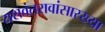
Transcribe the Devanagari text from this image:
यशवंतरावांसारख्या